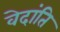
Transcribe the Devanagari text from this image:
वेदांति